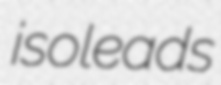
isoleads